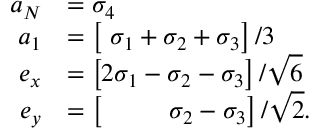
\begin{array} { r } { \begin{array} { r l } { a _ { N } } & { = \sigma _ { 4 } } \\ { a _ { 1 } } & { = \left[ \ \sigma _ { 1 } + \sigma _ { 2 } + \sigma _ { 3 } \right] / 3 } \\ { e _ { x } } & { = \left[ 2 \sigma _ { 1 } - \sigma _ { 2 } - \sigma _ { 3 } \right] / \sqrt { 6 } } \\ { e _ { y } } & { = \left[ \ \ \ \ \ \ \ \ \sigma _ { 2 } - \sigma _ { 3 } \right] / \sqrt { 2 } . } \end{array} } \end{array}